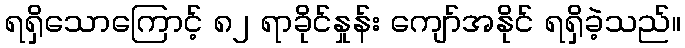
ရရှိသောကြောင့် ၈၂ ရာခိုင်နှုန်း ကျော်အနိုင် ရရှိခဲ့သည်။